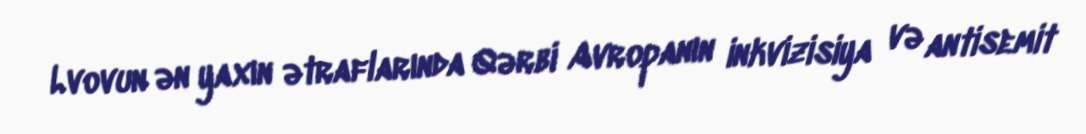
Lvovun ən yaxın ətraflarında Qərbi Avropanın inkvizisiya və antisemit